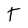
Character: T